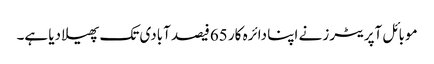
موبائل آپریٹرز نے اپنا دائرہ کار 65فیصد آبادی تک پھیلا دیا ہے۔